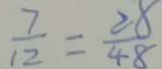
\frac { 7 } { 1 2 } = \frac { 2 8 } { 4 8 }